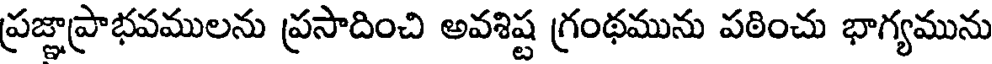
ప్రజ్ఞాప్రాభవములను ప్రసాదించి అవశిష్ట గ్రంథమును పఠించు భాగ్యమును